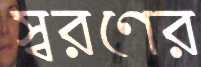
স্বরণের